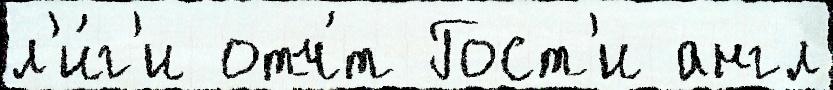
л'и́г'и отч́т Гост'и англ